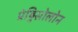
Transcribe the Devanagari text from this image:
प्रेड्निसोलोन